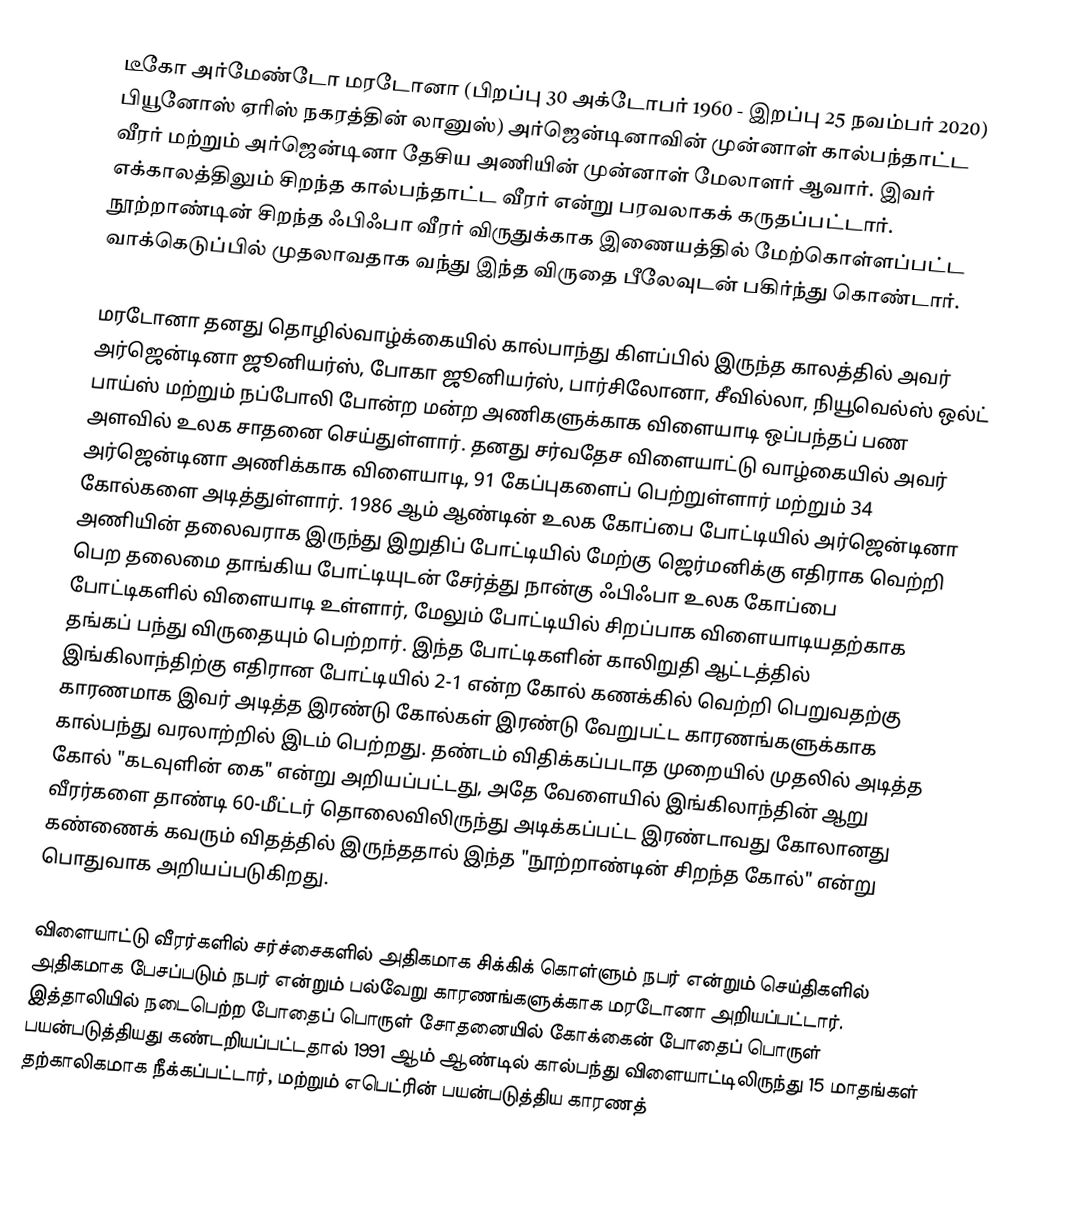
டீகோ அர்மேண்டோ மரடோனா (பிறப்பு 30 அக்டோபர் 1960 - இறப்பு 25 நவம்பர் 2020) பியூனோஸ் ஏரிஸ் நகரத்தின் லானுஸ்) அர்ஜென்டினாவின் முன்னாள் கால்பந்தாட்ட வீரர் மற்றும் அர்ஜென்டினா தேசிய அணியின் முன்னாள் மேலாளர் ஆவார். இவர் எக்காலத்திலும் சிறந்த கால்பந்தாட்ட வீரர் என்று பரவலாகக் கருதப்பட்டார். நூற்றாண்டின் சிறந்த ஃபிஃபா வீரர் விருதுக்காக இணையத்தில் மேற்கொள்ளப்பட்ட வாக்கெடுப்பில் முதலாவதாக வந்து இந்த விருதை பீலேவுடன் பகிர்ந்து கொண்டார்.

மரடோனா தனது தொழில்வாழ்க்கையில் கால்பாந்து கிளப்பில் இருந்த காலத்தில் அவர் அர்ஜென்டினா ஜூனியர்ஸ், போகா ஜூனியர்ஸ், பார்சிலோனா, சீவில்லா, நியூவெல்ஸ் ஒல்ட் பாய்ஸ் மற்றும் நப்போலி போன்ற மன்ற அணிகளுக்காக விளையாடி ஒப்பந்தப் பண அளவில் உலக சாதனை செய்துள்ளார். தனது சர்வதேச விளையாட்டு வாழ்கையில் அவர் அர்ஜென்டினா அணிக்காக விளையாடி, 91 கேப்புகளைப் பெற்றுள்ளார் மற்றும் 34 கோல்களை அடித்துள்ளார். 1986 ஆம் ஆண்டின் உலக கோப்பை போட்டியில் அர்ஜென்டினா அணியின் தலைவராக இருந்து இறுதிப் போட்டியில் மேற்கு ஜெர்மனிக்கு எதிராக வெற்றி பெற தலைமை தாங்கிய போட்டியுடன் சேர்த்து நான்கு ஃபிஃபா உலக கோப்பை போட்டிகளில் விளையாடி உள்ளார், மேலும் போட்டியில் சிறப்பாக விளையாடியதற்காக தங்கப் பந்து விருதையும் பெற்றார். இந்த போட்டிகளின் காலிறுதி ஆட்டத்தில் இங்கிலாந்திற்கு எதிரான போட்டியில் 2-1 என்ற கோல் கணக்கில் வெற்றி பெறுவதற்கு காரணமாக இவர் அடித்த இரண்டு கோல்கள் இரண்டு வேறுபட்ட காரணங்களுக்காக கால்பந்து வரலாற்றில் இடம் பெற்றது. தண்டம் விதிக்கப்படாத முறையில் முதலில் அடித்த கோல் "கடவுளின் கை" என்று அறியப்பட்டது, அதே வேளையில் இங்கிலாந்தின் ஆறு வீரர்களை தாண்டி 60-மீட்டர் தொலைவிலிருந்து அடிக்கப்பட்ட இரண்டாவது கோலானது கண்ணைக் கவரும் விதத்தில் இருந்ததால் இந்த "நூற்றாண்டின் சிறந்த கோல்" என்று பொதுவாக அறியப்படுகிறது.

விளையாட்டு வீரர்களில் சர்ச்சைகளில் அதிகமாக சிக்கிக் கொள்ளும் நபர் என்றும் செய்திகளில் அதிகமாக பேசப்படும் நபர் என்றும் பல்வேறு காரணங்களுக்காக மரடோனா அறியப்பட்டார். இத்தாலியில் நடைபெற்ற போதைப் பொருள் சோதனையில் கோக்கைன் போதைப் பொருள் பயன்படுத்தியது கண்டறியப்பட்டதால் 1991 ஆம் ஆண்டில் கால்பந்து விளையாட்டிலிருந்து 15 மாதங்கள் தற்காலிகமாக நீக்கப்பட்டார், மற்றும் எபெட்ரின் பயன்படுத்திய காரணத்